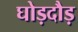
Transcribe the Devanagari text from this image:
घोड़दौड़